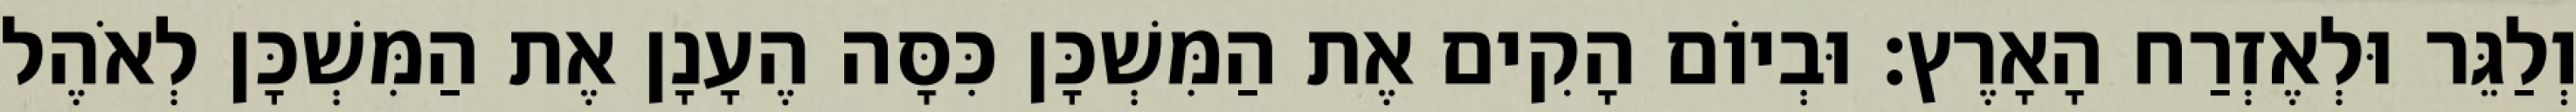
וְלַגֵּר וּלְאֶזְרַח הָאָרֶץ׃ וּבְיוֹם הָקִים אֶת הַמִּשְׁכָּן כִּסָּה הֶעָנָן אֶת הַמִּשְׁכָּן לְאֹהֶל